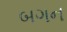
બગન